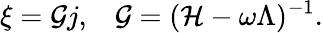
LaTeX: \xi={\cal G}j,\; \; \; {\cal G}=({\cal H}-\omega\Lambda)^{-1}.